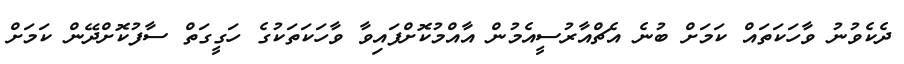
ދެކެވުނު ވާހަކަތައް ކަމަށް ބުނެ އެޗްއާރުސީއެމުން އާއްމުކޮށްފައިވާ ވާހަކަތަކުގެ ހަގީގަތް ސާފުކޮށްދޭން ކަމަށް